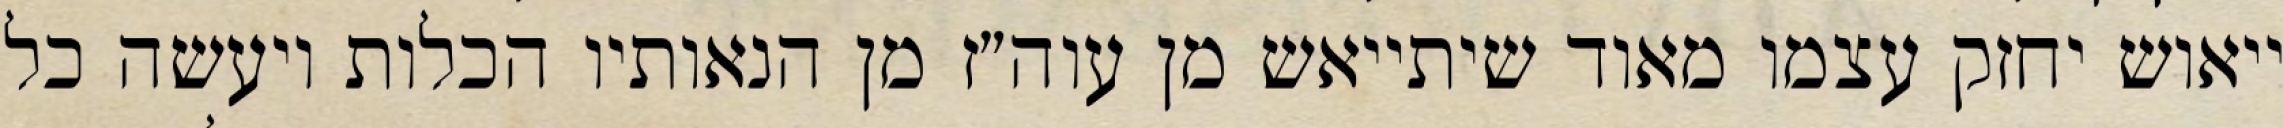
ייאוש יחזק עצמו מאוד שיתייאש מן עוה״ז מן הנאותיו הכלות ויעשה כל